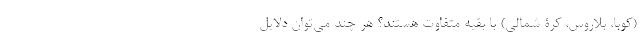
(کوبا، بلاروس، کرۀ شمالی) با بقیه متفاوت هستند؟ هر چند می­توان دلایل